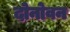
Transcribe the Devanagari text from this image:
दोनोवन